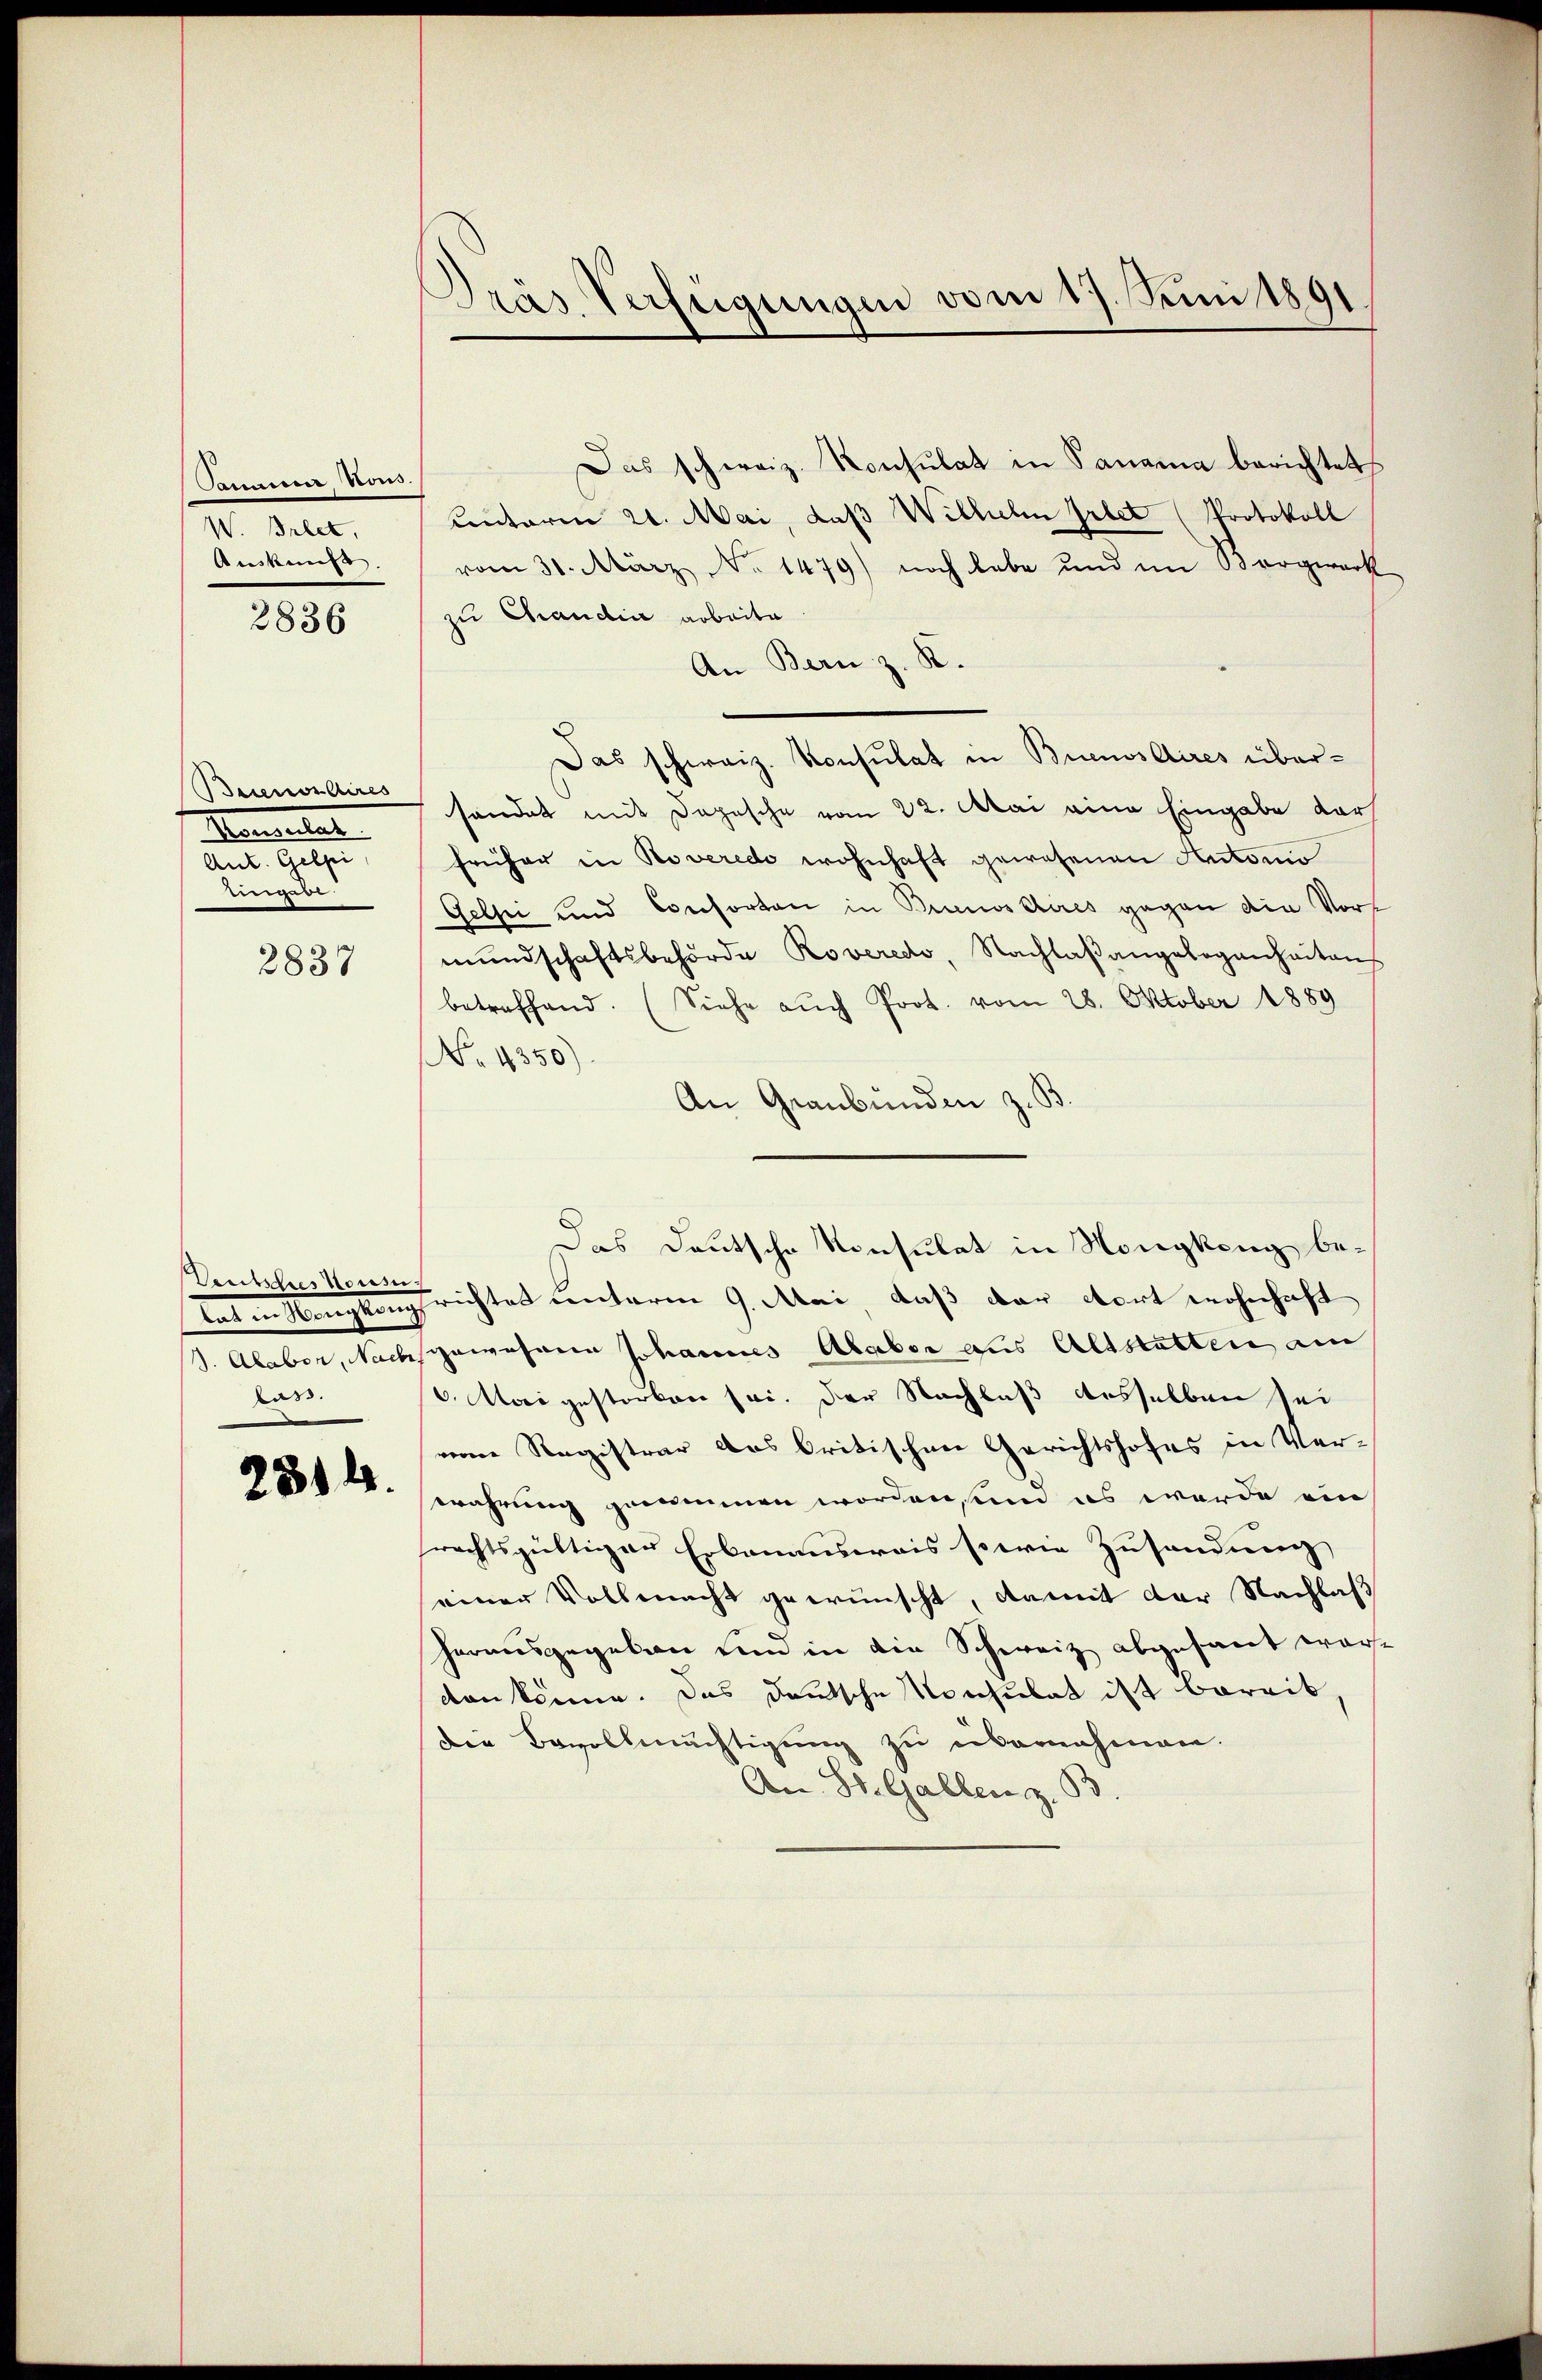
Samm, Vous.
W. Bret.
Auskunf

2836

Beienordires
Namenta

eingese

2837

Ventspres Vorring
las.

2314.

Pras Verfügungen vom 17. Juni 1891

Das schweiz. Konsulat in Panama berichtet
Centerm 21. Mai, daß Wilhelm Griet (Protokoll
vom 31. März No. 1479) noch habe und im Bergwerk
zu Chaudia arbeite
An Bern z. R.
Das schweiz. Konsulat in Buenos Aires übersändet mit Depesche vom 22. Mai eine Eingabe dar
früher in Roveredo wohnhaft gewesenen Autonio
Gelti und Consorten in Brunoscires gegen die Vort
mundschaftsbehörde Roveredo, Nachlaßangelegenheitens
betreffend. (Siehe auch Prot. vom 28. Oktober 1889
No. 4350)
An Graubünden z. B.
Das Deutsche Konsulat in Nongkeng betat in Vorgangsrichtes unterm 9. Mai, daß der dort wohnhaft
S. Alaber, Nachspawohann Johannes Alaber aus Altstatten am
6. Mai gestorben sei. Der Nachlaß desselben sei
reine Registrar das britischen Gerichtshofes in Verwahrung genommen worden, um es werde ein
rechtsgültigen Erbauensweis so wie Zusendung
seiner Vollmacht gewünscht, damit der Nachlaß
herausgegeben und in die Schweiz abgesant war
den könne. Das deutsche Konsulat ist bereit,
die Bevollmächtigung zu übernahmen.
An St. Gallen z. B.